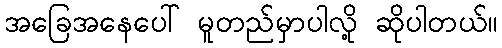
အခြေအနေပေါ် မူတည်မှာပါလို့ ဆိုပါတယ်။